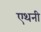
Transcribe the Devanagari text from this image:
एथनी